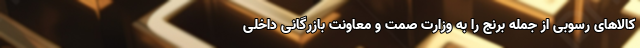
کالاهای رسوبی از جمله برنج را به وزارت صمت و معاونت بازرگانی داخلی